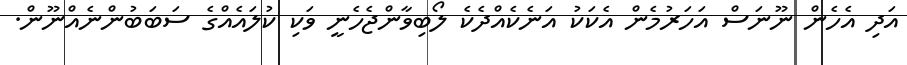
އަދި އެހެން ނޫނަސް އަހަރުމެން އެކަކު އަނެކެއްދެކެ ލޯބިވާންޖެހެނީ ވަކި ކުލައެއްގެ ސަބަބުންނެއްނޫން.